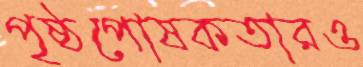
পৃষ্ঠপোষকতারও